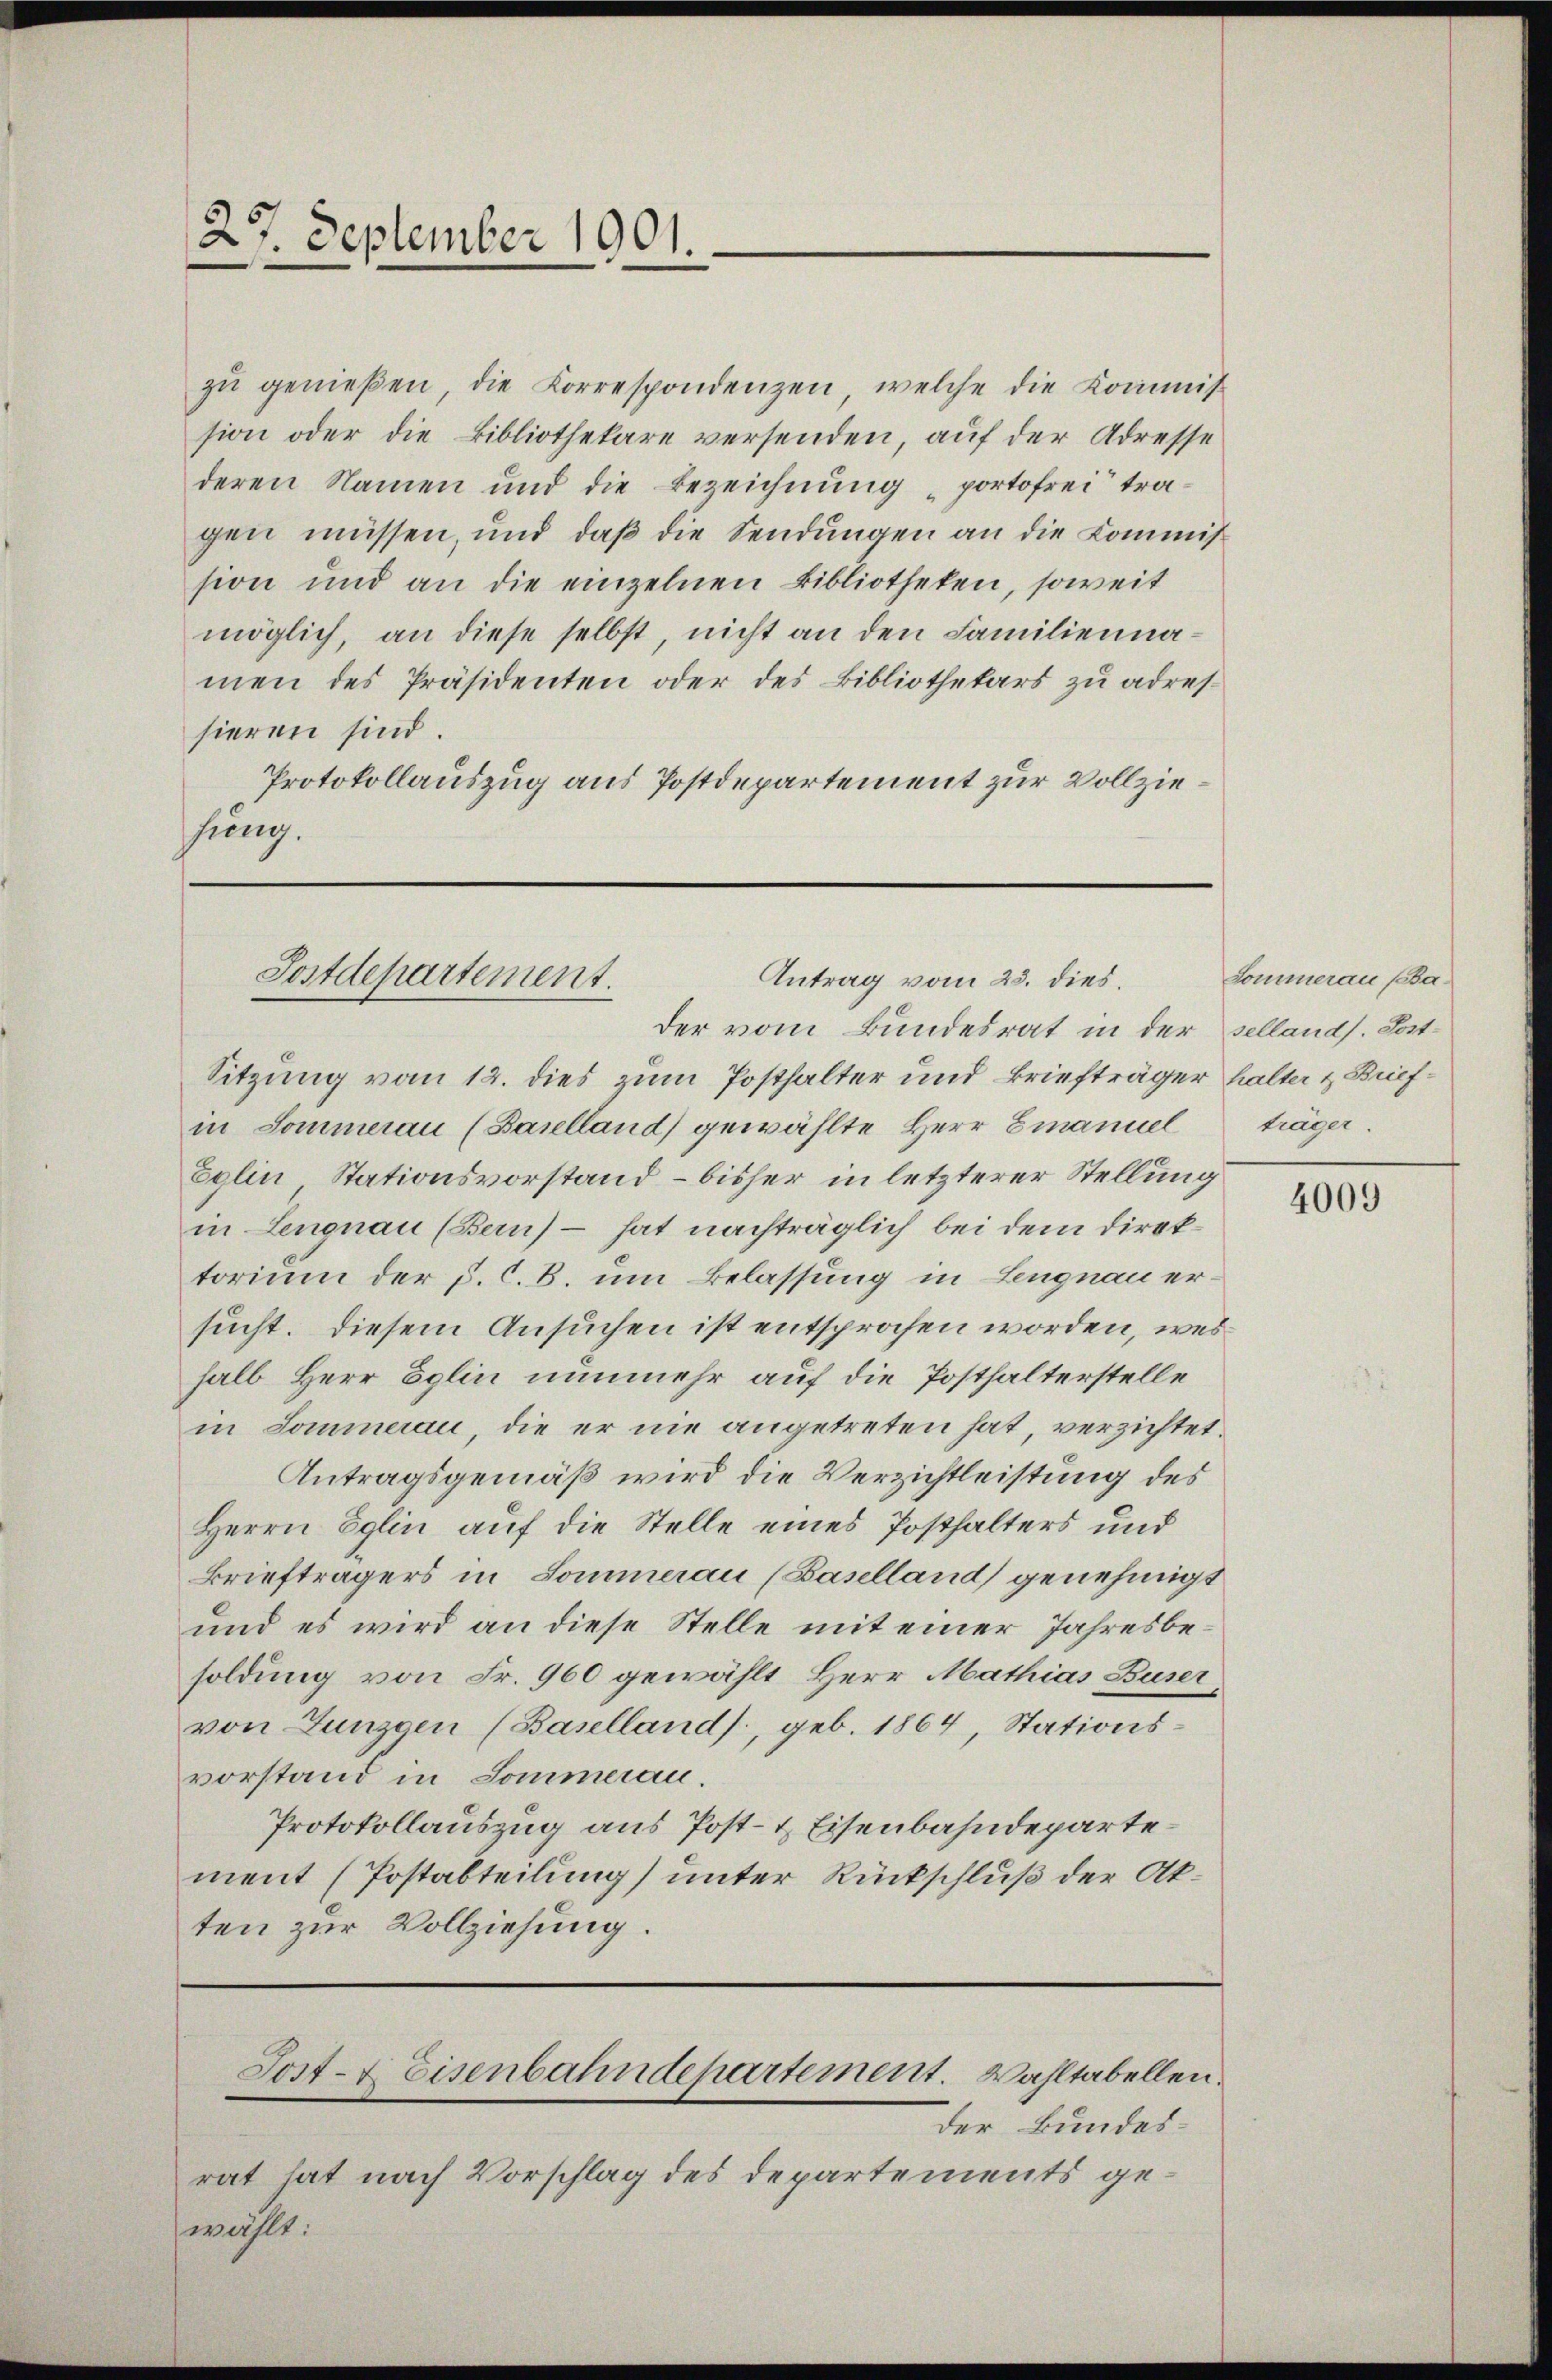
zŭ genießen, die Korrespondenzen, welche die Kommis
sion oder die Bibliothekare versenden, auf der Adresse
deren Namen und die Bezeichnung portofrei tragen müssen, und daß die Sendungen an die Kommis
sion und an die einzelnen Bibliotheken, soweit
möglich, an diese selbst, nicht an den Familiennamen des Präsidenten oder des Bibliothekars zu adressieren sind.
Protokollauszug aus Postdepartement zur Vollziesung.

27. September 1901.

Antrag vom 25. dies. Sommerau Pa¬
Postdepartement.

Post- & Eisenbahndepartement. Wahltabellen.

Sitzung vom 12. dies zum Posthalter und Briefträger halter & Buefin Sommerau (Baselland) gewählte Herr Emanuel
Eglin Stationsvorstand – bisher in letzterer Stellung
in Lengnau (Bern) - hat nachträglich bei dem Direktorium der p. C. B. um Belassung in Lengnau ersucht. Diesem Ansuchen ist entsprochen worden, weshalb Herr Eglin nunmehr auf die Posthalterstelle
in Sommerau, die er nie angetreten hat, verzichtet.
Antragsgemäß wird die Verzichtleistung des
Herrn Eglin auf die Stelle eines Posthalters und
Briefträgers in Sommerau (Baselland genehmigt
und es wird an diese Stelle mit einer Jahresbesoldung von Fr. 960 gewählt, Herr Mathias Buser
von Lunzen (Basellands, geb. 1864, Stationsvorstand in Sommeran.
Protokollauszug aus Post- & Eisenbahndepartement (Postabteilung) unter Rückschluß der Akten zur Vollziehung.

der vom Bundesrat in der selland. Post¬

der Bundesrat hat nach Vorschlag des Departements gewählt:

träger.

4009